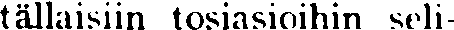
tällaisiin tosiasioihin seli-